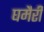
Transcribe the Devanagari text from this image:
घमैरी